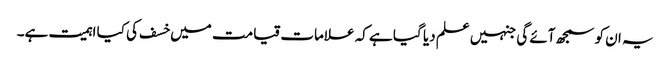
یہ ان کو سمجھ آئے گی جنہیں علم دیا گیا ہے کہ علامات قیامت میں خسف کی کیا اہمیت ہے۔